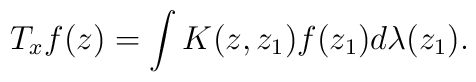
T_{x}f(z)=\int K(z,z_{1})f(z_{1})d\lambda(z_{1}).